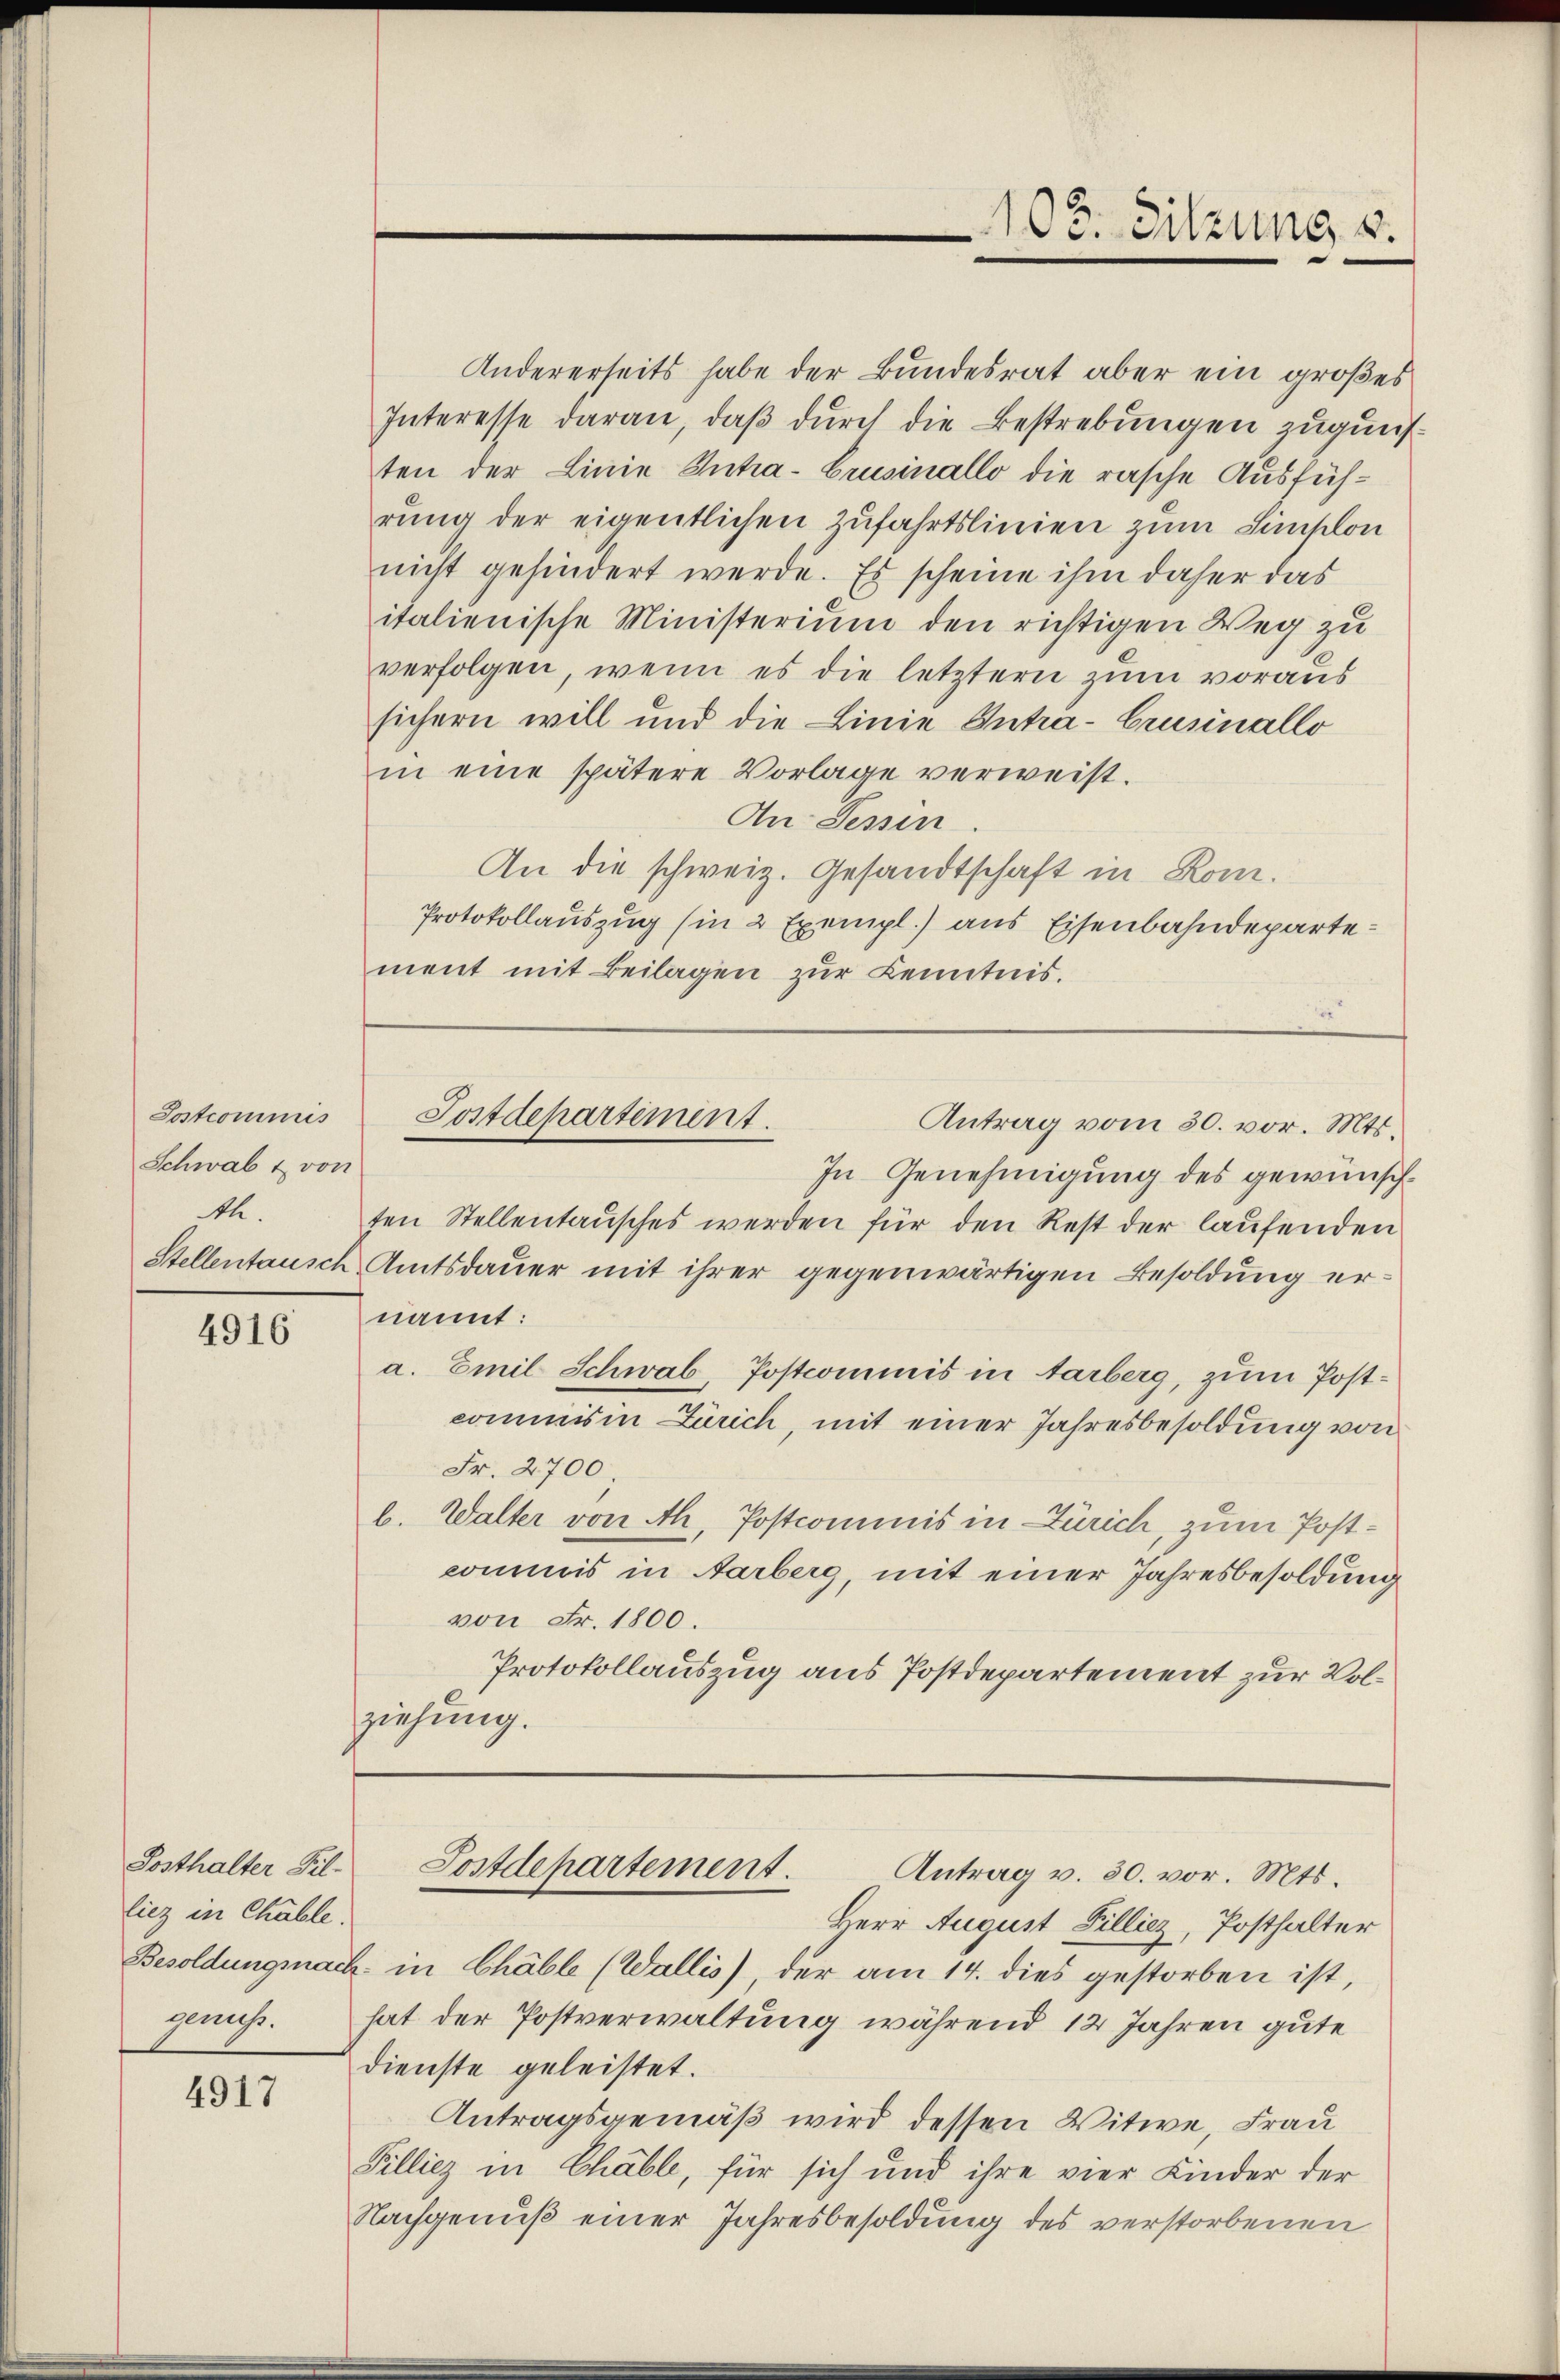
Sostcommis
Schwab & von
R.

4916

Posthalter Fil-
liez in Chable.

4917

Andererseits habe der Bundesrat aber ein großes
Interesse daran, daß durch die Bestrebungen zuguns
ten der Linie Intra-Crusinallo die rasche Ausführŭng der eigentlichen Zufahrtslinien zum Innslon
nicht gehindert werde. Es scheine ihm daher das
italienische Ministerium den richtigen Weg zu
verfolgen, wenn es die letztern zum voraus
sichern will und die Linie Intra-Crusinallo
in eine spätere Vorlage verweist.
An Tessin
An die schweiz. Gesandtschaft in Rom.
Protokollauszug (in 2 Exempl.) aus Eisenbahndepartement mit Beilagen zur Kenntnis.

In Genehmigung des gewünschten Stellentaŭsches werden für den Rest der laufenden
Stellentausch Amtsdauer mit ihrer gegenwärtigen Besoldung ernannt:
a. Emil Schwab Postcommis in Aarberg, zum Postcommis in Zürich, mit einer Jahresbesoldung von
Fr. 2700
b. Walter von Ah. Postcommnis in Zürich, zum Postcommis in Aarberg, mit einer Jahresbesoldung
von Fr. 1800.
Protokollauszug aus Postdepartement zur Volziehung.

103. Sitzung v.

Postdepartement.
Antrag vom 30. vor. Mts.

Postdepartement.
Antrag v. 30. vor. Mts.

Herr August Filliez, Posthalter
Besoldungsnach in Chable (Wallis), der am 14. dies gestorben ist,
genuß. hat der Postverwaltung während 12 Jahren gute
dienste geleistet.
Antragsgemäß wird dessen Witwe, Frau
Fillicz in Chable, für sich und ihre vier Kinder der
Nachgenuß einer Jahresbesoldung des verstorbenen